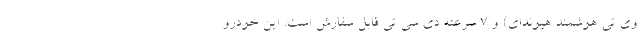
وی تی هوشمند هیوندای) و 7 سرعته دی سی تی قابل سفارش است. این خودرو